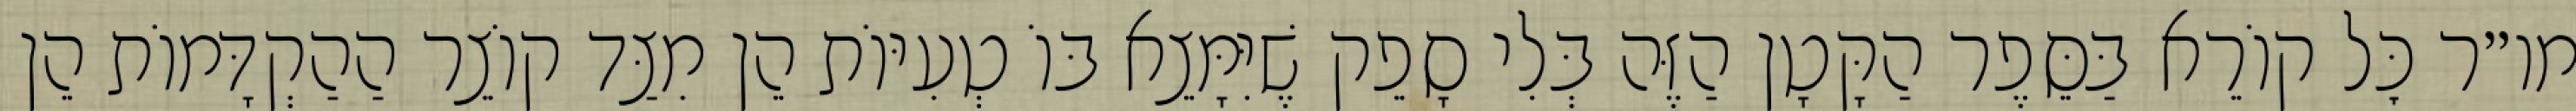
מו״ר כׇּל קוֹרֵא בַּסֵּפֶר הַקָּטָן הַזֶּה בְּלִי סָפֵק שֶׁיִּמָּצֵא בּוֹ טְעִיּוֹת הֵן מִצַּד קוֹצֵר הַהַקְדָּמוֹת הֵן